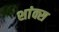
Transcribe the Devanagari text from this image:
शांक्स